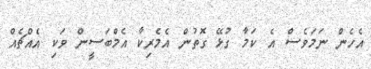
އެހެން ނަމަވެސް އެ ކަމާ ގުޅޭ ގޮތުން އެމެރިކާ އެމްބަސީން ވަކި އެއްޗެއް